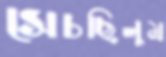
সেচছিলুম